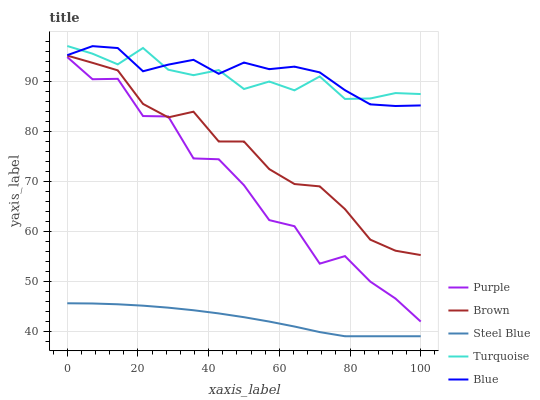
| xaxis_label | Purple | Brown | Steel Blue | Turquoise | Blue |
 | --- | --- | --- | --- | --- | --- |
 | 0 | 94.8 | 95.1 | 45.6 | 97 | 95.2 |
 | 7.14 | 90.4 | 93.6 | 45.5 | 95.5 | 97 |
 | 14.3 | 90.4 | 92.1 | 45.4 | 93.3 | 96.6 |
 | 21.4 | 83 | 85.4 | 45.1 | 96.6 | 92 |
 | 28.6 | 82.9 | 82.7 | 44.7 | 92.3 | 93.3 |
 | 35.7 | 74.5 | 83.9 | 44.2 | 91.2 | 94.2 |
 | 42.9 | 74.4 | 77.9 | 43.6 | 92.2 | 91.4 |
 | 50 | 69.2 | 77.9 | 42.8 | 88.4 | 93.7 |
 | 57.1 | 62.2 | 72.4 | 41.9 | 89.9 | 92.4 |
 | 64.3 | 61 | 69.4 | 40.9 | 88.1 | 92.9 |
 | 71.4 | 53.5 | 69 | 39.8 | 90.9 | 91.7 |
 | 78.6 | 55 | 64.4 | 39 | 86.4 | 88.2 |
 | 85.7 | 49.9 | 58.3 | 39 | 86.5 | 85.3 |
 | 92.9 | 46.5 | 56.1 | 39 | 87.6 | 85 |
 | 100 | 41.9 | 55.2 | 39 | 87.4 | 85.1 |